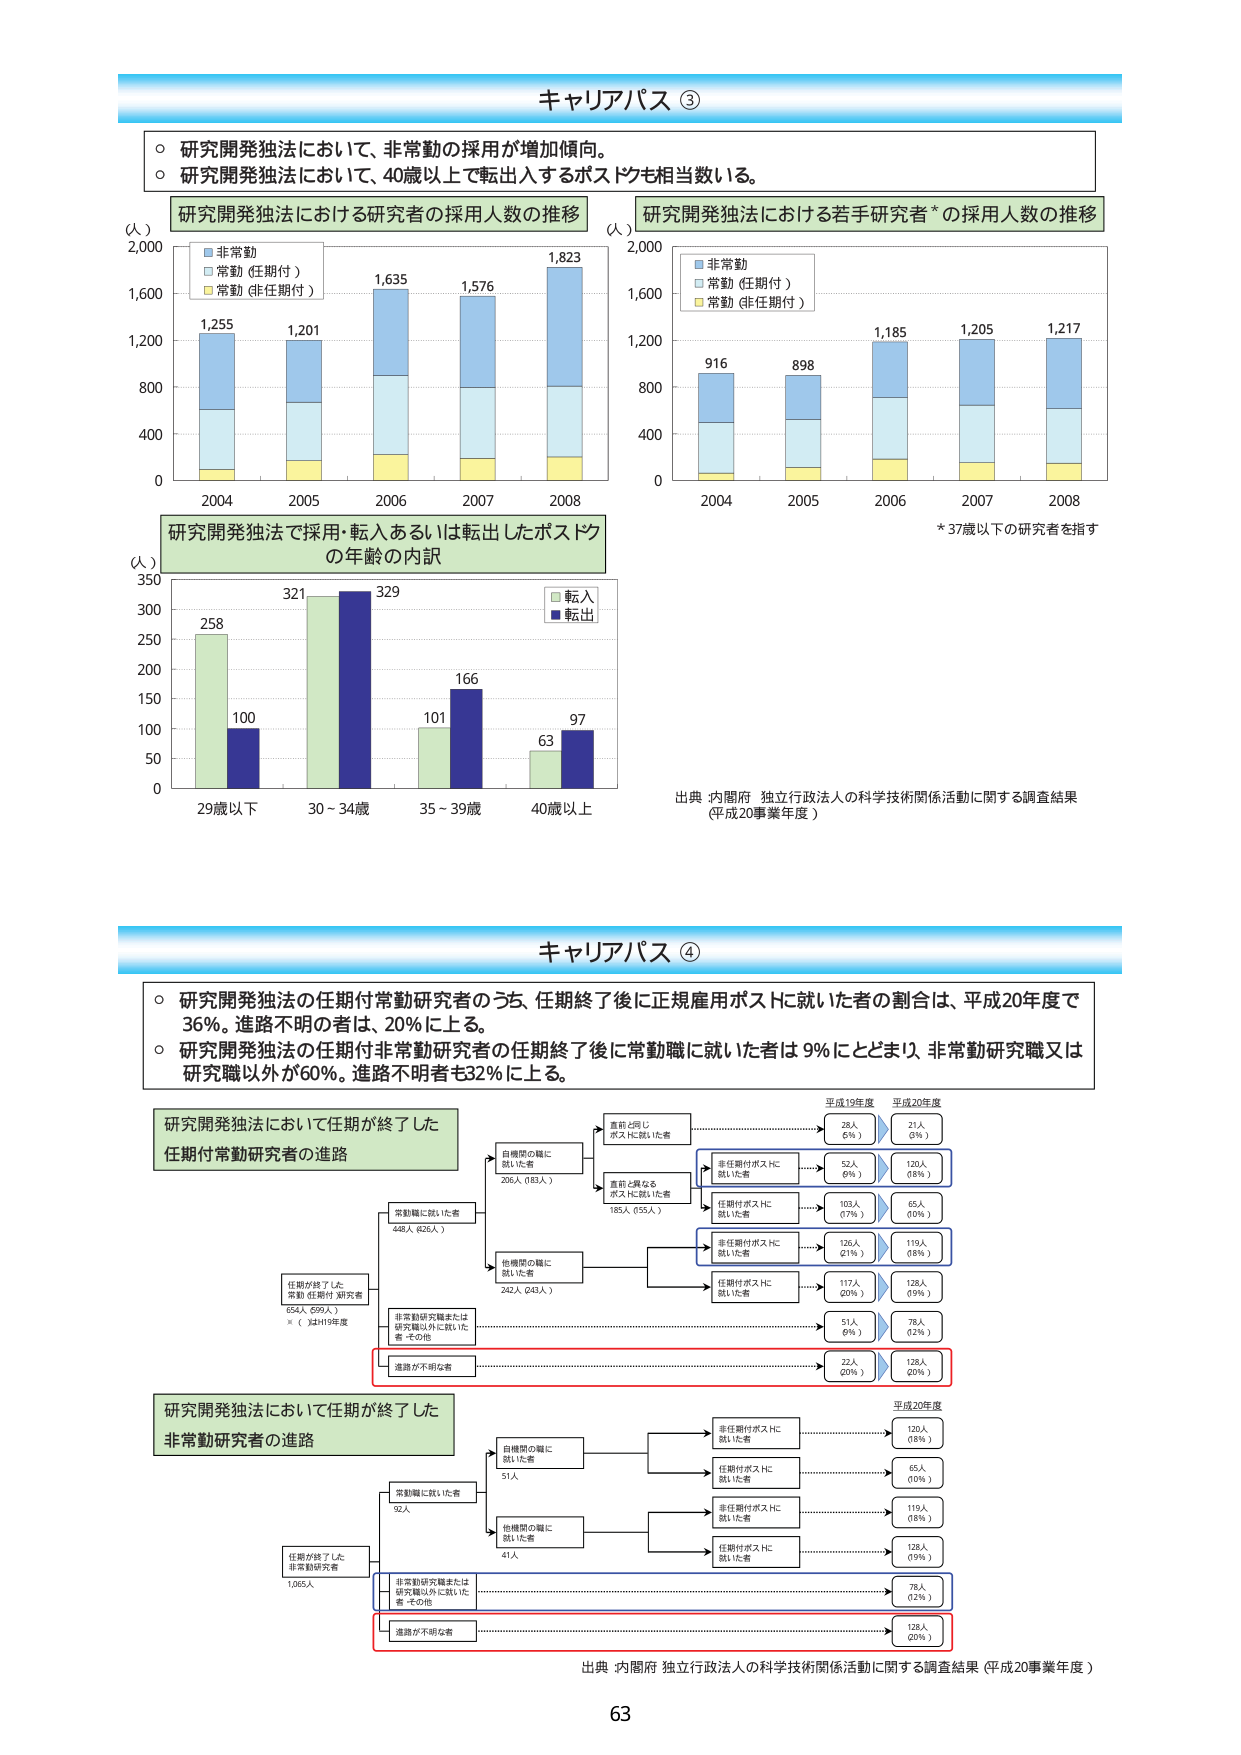
キャリアパス ③
○ 研究開発独法において、非常勤の採用が増加傾向。
○ 研究開発独法において、40歳以上で転出入するポスト数も相当数いる。

研究開発独法における研究者の採用人数の推移
（人）
2,000
1,600
1,200
800
400
0
2004 2005 2006 2007 2008
1,255
1,201
1,635
1,576
1,823
非常勤
常勤（任期付）
常勤（非任期付）

研究開発独法における若手研究者*の採用人数の推移
（人）
2,000
1,600
1,200
800
400
0
2004 2005 2006 2007 2008
916
898
1,185
1,205
1,217
非常勤
常勤（任期付）
常勤（非任期付）
* 37歳以下の研究者を指す

研究開発独法で採用・転入あるいは転出したポストの年齢の内訳
（人）
350
300
250
200
150
100
50
0
29歳以下 30～34歳 35～39歳 40歳以上
258
100
321
329
101
166
63
97
転入
転出

出典：内閣府 独立行政法人の科学技術関係活動に関する調査結果（平成20事業年度）

キャリアパス ④
○ 研究開発独法の任期付常勤研究者のうち、任期終了後に正規雇用ポストに就いた者の割合は、平成20年度で36%。進路不明の者は、20%に上る。
○ 研究開発独法の任期付非常勤研究者の任期終了後に常勤職に就いた者は9%にとどまり、非常勤研究職又は研究職以外が60%。進路不明者も32%に上る。

研究開発独法において任期が終了した
任期付常勤研究者の進路
任期が終了した
常勤（任期付）研究者
654人（599人）
※（ ）はH19年度
常勤職に就いた者
448人（426人）
非常勤研究職または
研究職以外に就いた者・その他
206人（183人）
自機関の職に
就いた者
282人（243人）
他機関の職に
就いた者
直接と同し
ポストに就いた者
直接と異なる
ポストに就いた者
非任期付ポストに
就いた者
任期付ポストに
就いた者
非任期付ポストに
就いた者
任期付ポストに
就いた者
進路が不明な者
平成19年度
28人
（5%）
52人
（9%）
103人
（17%）
126人
（21%）
117人
（20%）
51人
（9%）
22人
（5%）
平成20年度
21人
（3%）
120人
（18%）
65人
（10%）
119人
（18%）
128人
（19%）
78人
（12%）
128人
（20%）

研究開発独法において任期が終了した
非常勤研究者の進路
任期が終了した
非常勤研究者
1,065人
常勤職に就いた者
92人
非常勤研究職または
研究職以外に就いた者・その他
51人
自機関の職に
就いた者
41人
他機関の職に
就いた者
非任期付ポストに
就いた者
任期付ポストに
就いた者
非任期付ポストに
就いた者
任期付ポストに
就いた者
進路が不明な者
平成20年度
120人
（18%）
65人
（10%）
119人
（18%）
128人
（19%）
78人
（12%）
128人
（20%）

出典：内閣府 独立行政法人の科学技術関係活動に関する調査結果（平成20事業年度）
63